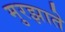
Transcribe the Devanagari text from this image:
मुरझाते